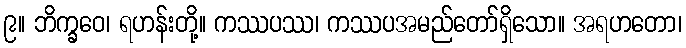
၉။ ဘိက္ခဝေ၊ ရဟန်းတို့။ ကဿပဿ၊ ကဿပအမည်တော်ရှိသော။ အရဟတော၊